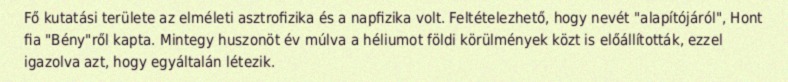
Fő kutatási területe az elméleti asztrofizika és a napfizika volt. Feltételezhető, hogy nevét "alapítójáról", Hont fia "Bény"ről kapta. Mintegy huszonöt év múlva a héliumot földi körülmények közt is előállították, ezzel igazolva azt, hogy egyáltalán létezik.